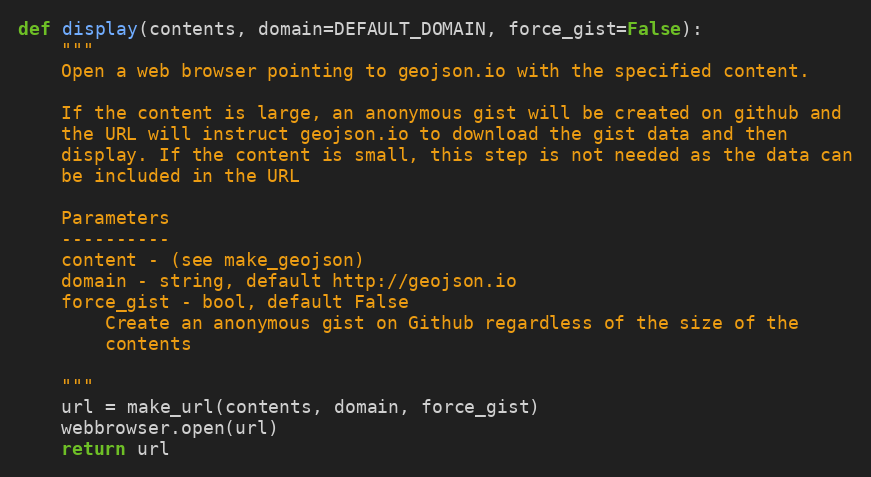
Language: Python
def display(contents, domain=DEFAULT_DOMAIN, force_gist=False):
    """
    Open a web browser pointing to geojson.io with the specified content.

    If the content is large, an anonymous gist will be created on github and
    the URL will instruct geojson.io to download the gist data and then
    display. If the content is small, this step is not needed as the data can
    be included in the URL

    Parameters
    ----------
    content - (see make_geojson)
    domain - string, default http://geojson.io
    force_gist - bool, default False
        Create an anonymous gist on Github regardless of the size of the
        contents

    """
    url = make_url(contents, domain, force_gist)
    webbrowser.open(url)
    return url